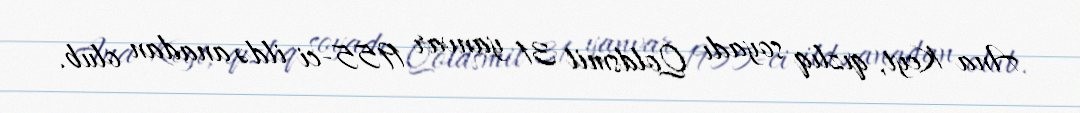
Ana Keyt, qızlıq soyadı Qoldsmit 31 yanvar 1955-ci ildə anadan olub.